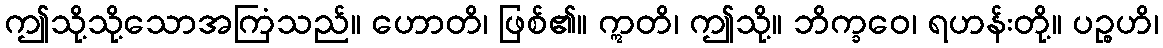
ဤသို့သို့သောအကြံသည်။ ဟောတိ၊ ဖြစ်၏။ ဣတိ၊ ဤသို့။ ဘိက္ခဝေ၊ ရဟန်းတို့။ ပဉ္စဟိ၊